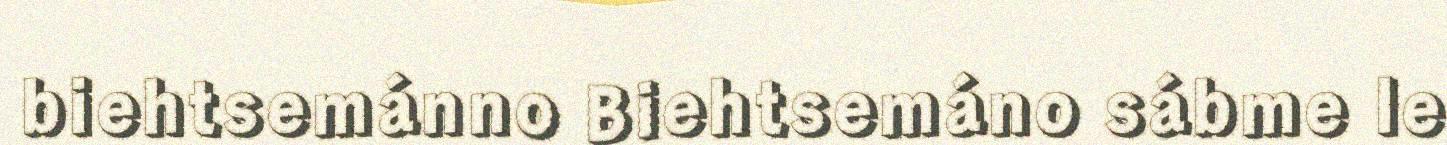
biehtsemánno Biehtsemáno sábme le